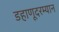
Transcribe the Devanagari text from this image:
डहाणूदरम्यान